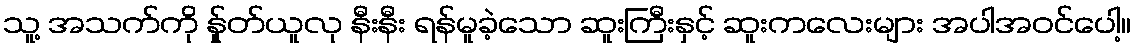
သူ့ အသက်ကို န်ှုတ်ယူလု နီးနီး ရန်မူခဲ့သော ဆူးကြီးနှင့် ဆူးကလေးများ အပါအဝင်ပေါ့။